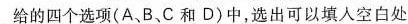
给的四个选项(A,B、C和 D)中,选出可以填人空白处